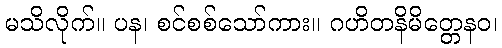
မသိလိုက်။ ပန၊ စင်စစ်သော်ကား။ ဂဟိတနိမိတ္တေနဝ၊